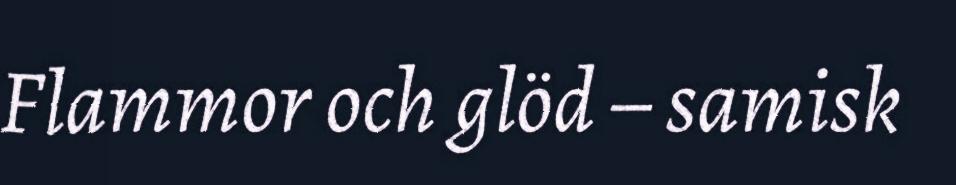
Flammor och glöd – samisk